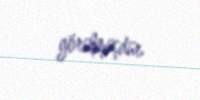
görülmüşdür.